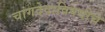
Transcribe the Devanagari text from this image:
चांगदेवाविषयीचे